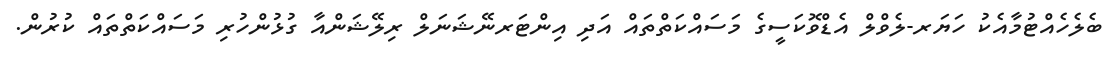
ބެލެހެއްޓުމާއެކު ހަޔަރ-ލެވްލް އެޑްވޮކަސީގެ މަސައްކަތްތައް އަދި އިންޓަރނޭޝަނަލް ރިލޭޝަންއާ ގުޅުންހުރި މަސައްކަތްތައް ކުރުން.